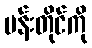
ပန်းတိုင်ကို